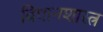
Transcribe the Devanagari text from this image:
विधानशास्त्र